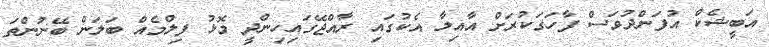
އަބީޝެކް އުފަންދުވަސް ފާހަގަކުރަށް އާއިލާ އެކުގައި ރާއްޖޭގައިހިންދީ މޮޅު ފިލްމެއް ބަލަން ބޭނުންތަ